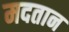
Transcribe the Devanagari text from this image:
मदतान